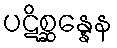
ပဋိစ္ဆန္နေန